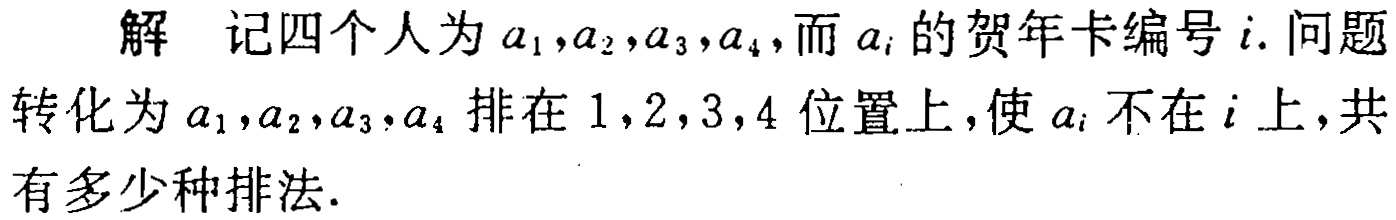
解 记四个人为\(a_{1},a_{2},a_{3},a_{4}\)，而\(a_{i}\)的贺年卡编号\(i\). 问题转化为\(a_{1},a_{2},a_{3},a_{4}\)排在\(1,2,3,4\)位置上，使\(a_{i}\)不在\(i\)上，共有多少种排法.